Insane asylums in Bengal annual reports 1876-1887 - 1876-1887
Year: 1876
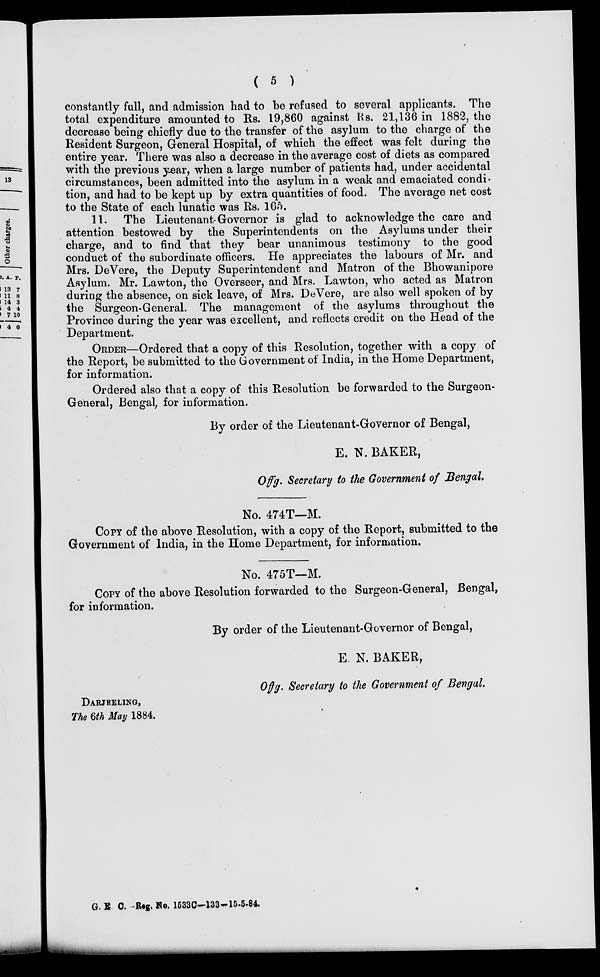
( 5 )
constantly full and admission had to be refused to several applicants. The
total expendi are amounted to Rs. 19,860 against Rs. 21,136 in 1882, the
decrease being chiefly due to the transfer of the asylum to the charge of the
Resident Surgeon, General Hospital, of which the effect was felt during the
entire year. There was also a decrease in the average cost of diets as compared
with the previous year, when a large number of patients had, under accidental
circumstances, been admitted into the asylum in a weak and emaciated condi-
tion, and had to be kept up by extra quantities of food. The average net cost
to the State of each lunatic was Rs. 165.
11. The Lieutenant-Governor is glad to acknowledge the care and
attention bestowed by the Superintendents on the Asylums under their
charge, and to find that they bear unanimous testimony to the good
conduct of the subordinate officers. He appreciates the labours of Mr. and
Mrs. DeVere, the Deputy Superintendent and Matron of the Bhowanipore
Asylum. Mr. Lawton, the Overseer, and Mrs. Lawton, who acted as Matron
during the absence, on sick leave, of Mrs. DeVere, are also well spoken of by
the Surgeon-General. The management of the asylums throughout the
Province during the year was excellent, and reflects credit on the Head of the
Department.
ORDER—Ordered that a copy of this Resolution, together with a copy of
the Report, be submitted to the Government of India, in the Home Department,
for information.
Ordered also that a copy of this Resolution be forwarded to the Surgeon-
General, Bengal, for information.
By order of the Lieutenant-Governor of Bengal,
E. N. BAKER,
Offg. Secretary to the Government of Bengal.
No. 474T—M.
COPY of the above Resolution, with a copy of the Report, submitted to the
Government of India, in the Home Department, for information.
No. 475T—M.
COPY of the above Resolution forwarded to the Surgeon-General, Bengal,
for information.
By order of the Lieutenant-Governor of Bengal,
E. N. BAKER,
Offg. Secretary to the Government of Bengal
DARJEELING,
The 6th May 1884.
G. E. C. Reg. No. 1533C—133—15-5-84.